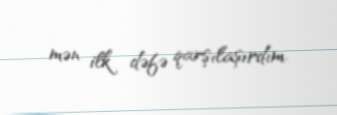
mən ilk dəfə qarşılaşırdım.